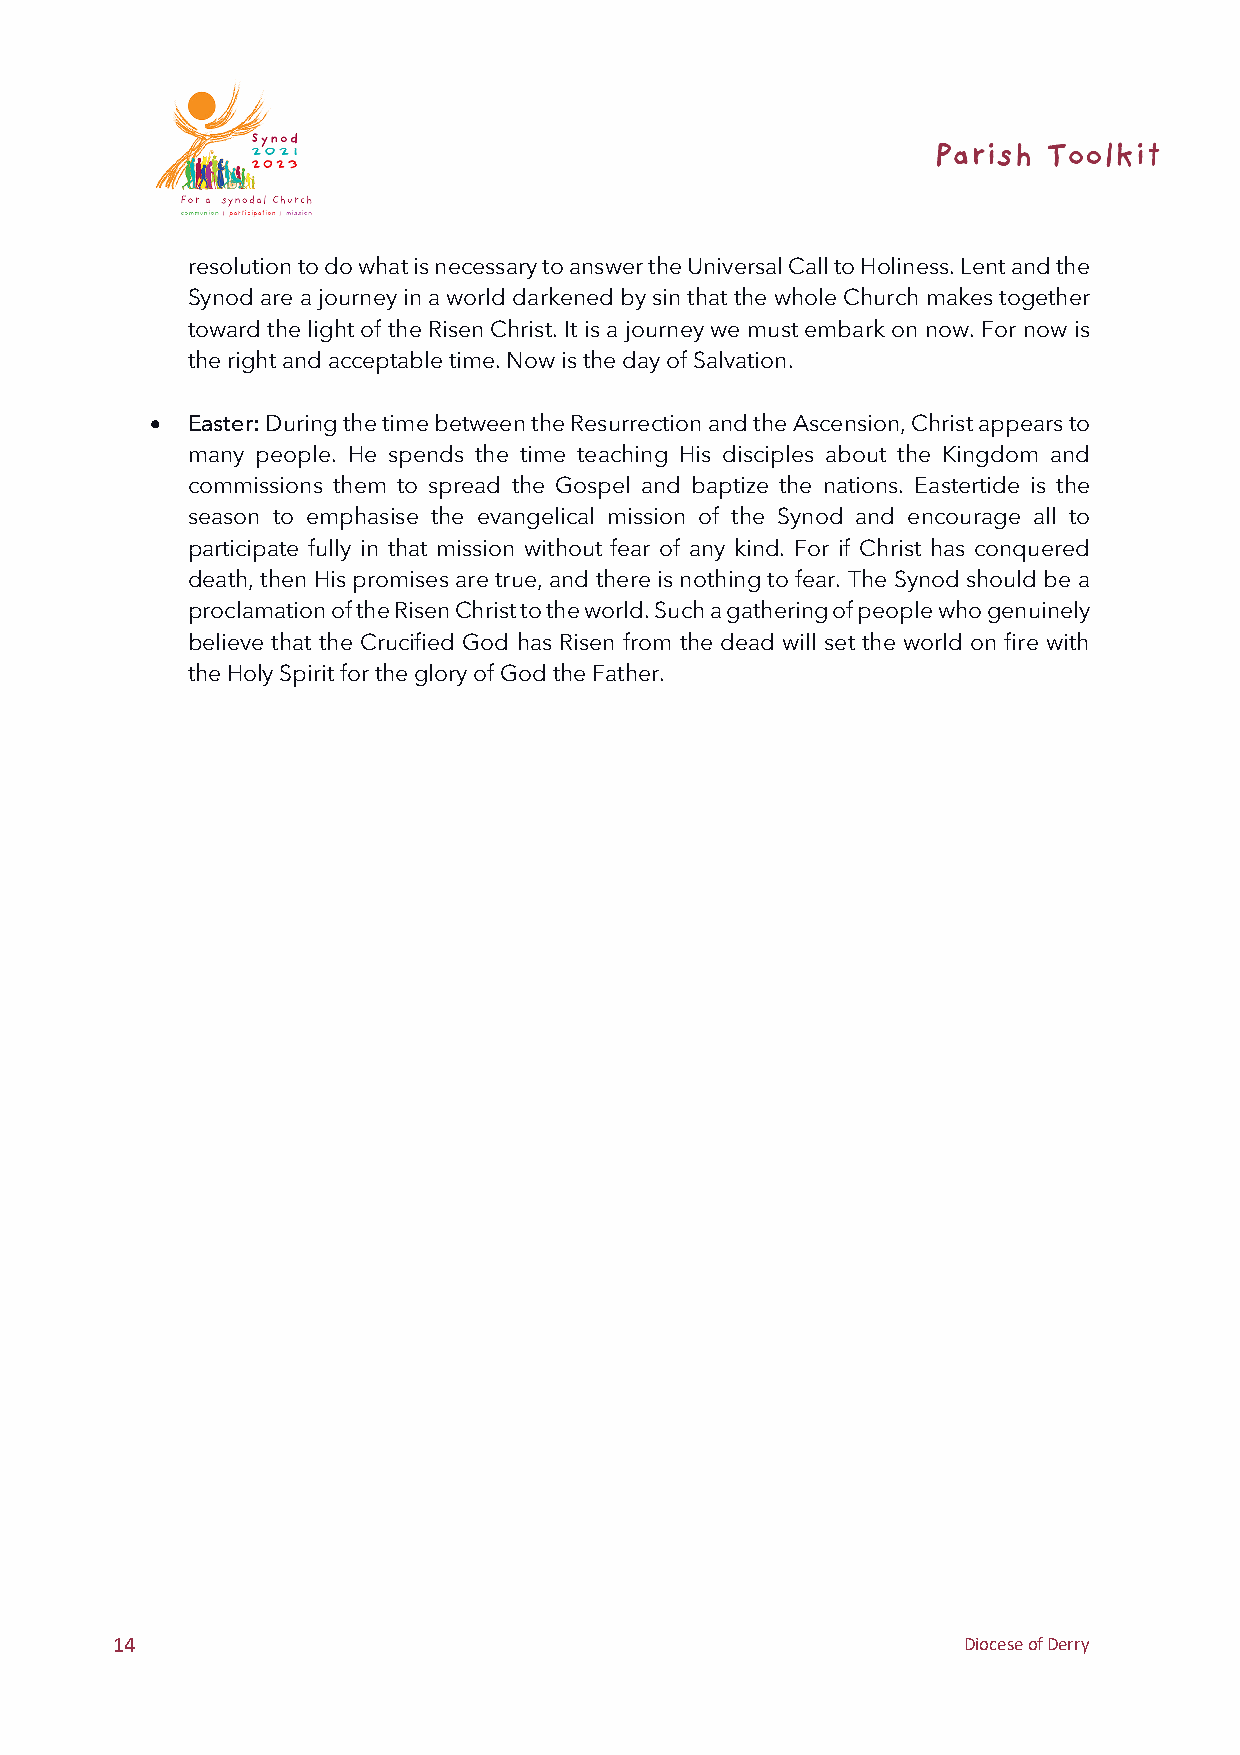
resolution to do what is necessary to answer the Universal Call to Holiness. Lent and the
 Synod are a journey in a world darkened by sin that the whole Church makes together
 toward the light of the Risen Christ. It is a journey we must embark on now. For now is
 the right and acceptable time. Now is the day of Salvation.
 • Easter: During the time between the Resurrection and the Ascension, Christ appears to
 many people. He spends the time teaching His disciples about the Kingdom and
 commissions them to spread the Gospel and baptize the nations. Eastertide is the
 season to emphasise the evangelical mission of the Synod and encourage all to
 participate fully in that mission without fear of any kind. For if Christ has conquered
 death, then His promises are true, and there is nothing to fear. The Synod should be a
 proclamation of the Risen Christ to the world. Such a gathering of people who genuinely
 believe that the Crucified God has Risen from the dead will set the world on fire with
 the Holy Spirit for the glory of God the Father.
 14                                                       Diocese of Derry